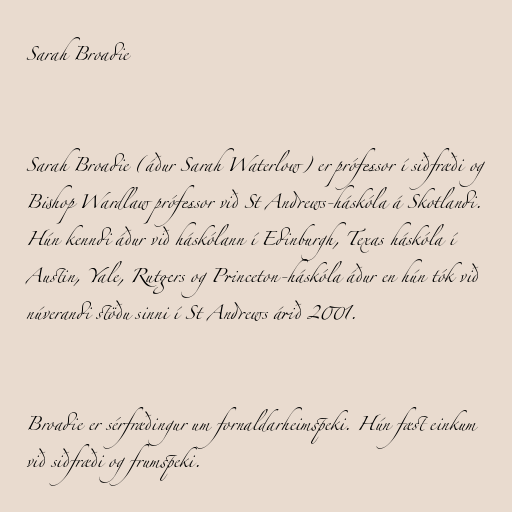
Sarah Broadie

Sarah Broadie (áður Sarah Waterlow) er prófessor í siðfræði og
Bishop Wardlaw prófessor við St Andrews-háskóla á Skotlandi.
Hún kenndi áður við háskólann í Edinburgh, Texas háskóla í
Austin, Yale, Rutgers og Princeton-háskóla áður en hún tók við
núverandi stöðu sinni í St Andrews árið 2001.

Broadie er sérfræðingur um fornaldarheimspeki. Hún fæst einkum
við siðfræði og frumspeki.